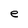
Character: e